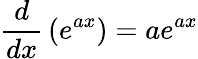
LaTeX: {\frac{d}{dx}}\left(e^{ax}\right)=ae^{ax}